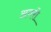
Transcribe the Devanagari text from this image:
अवरो